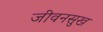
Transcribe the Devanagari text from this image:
जीवनसुख